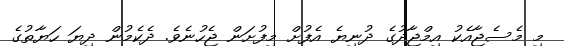
މި މެސެޖާއެކު އިމްޖާދުގެ ދުނިޔެ އެފުށް މިފުށަން ޖެހުނެވެ. ދެކެމުން ދިޔަ ހަޔާތުގެ